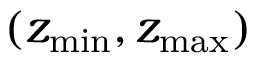
( z _ { \operatorname* { m i n } } , z _ { \operatorname* { m a x } } )